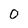
Character: O